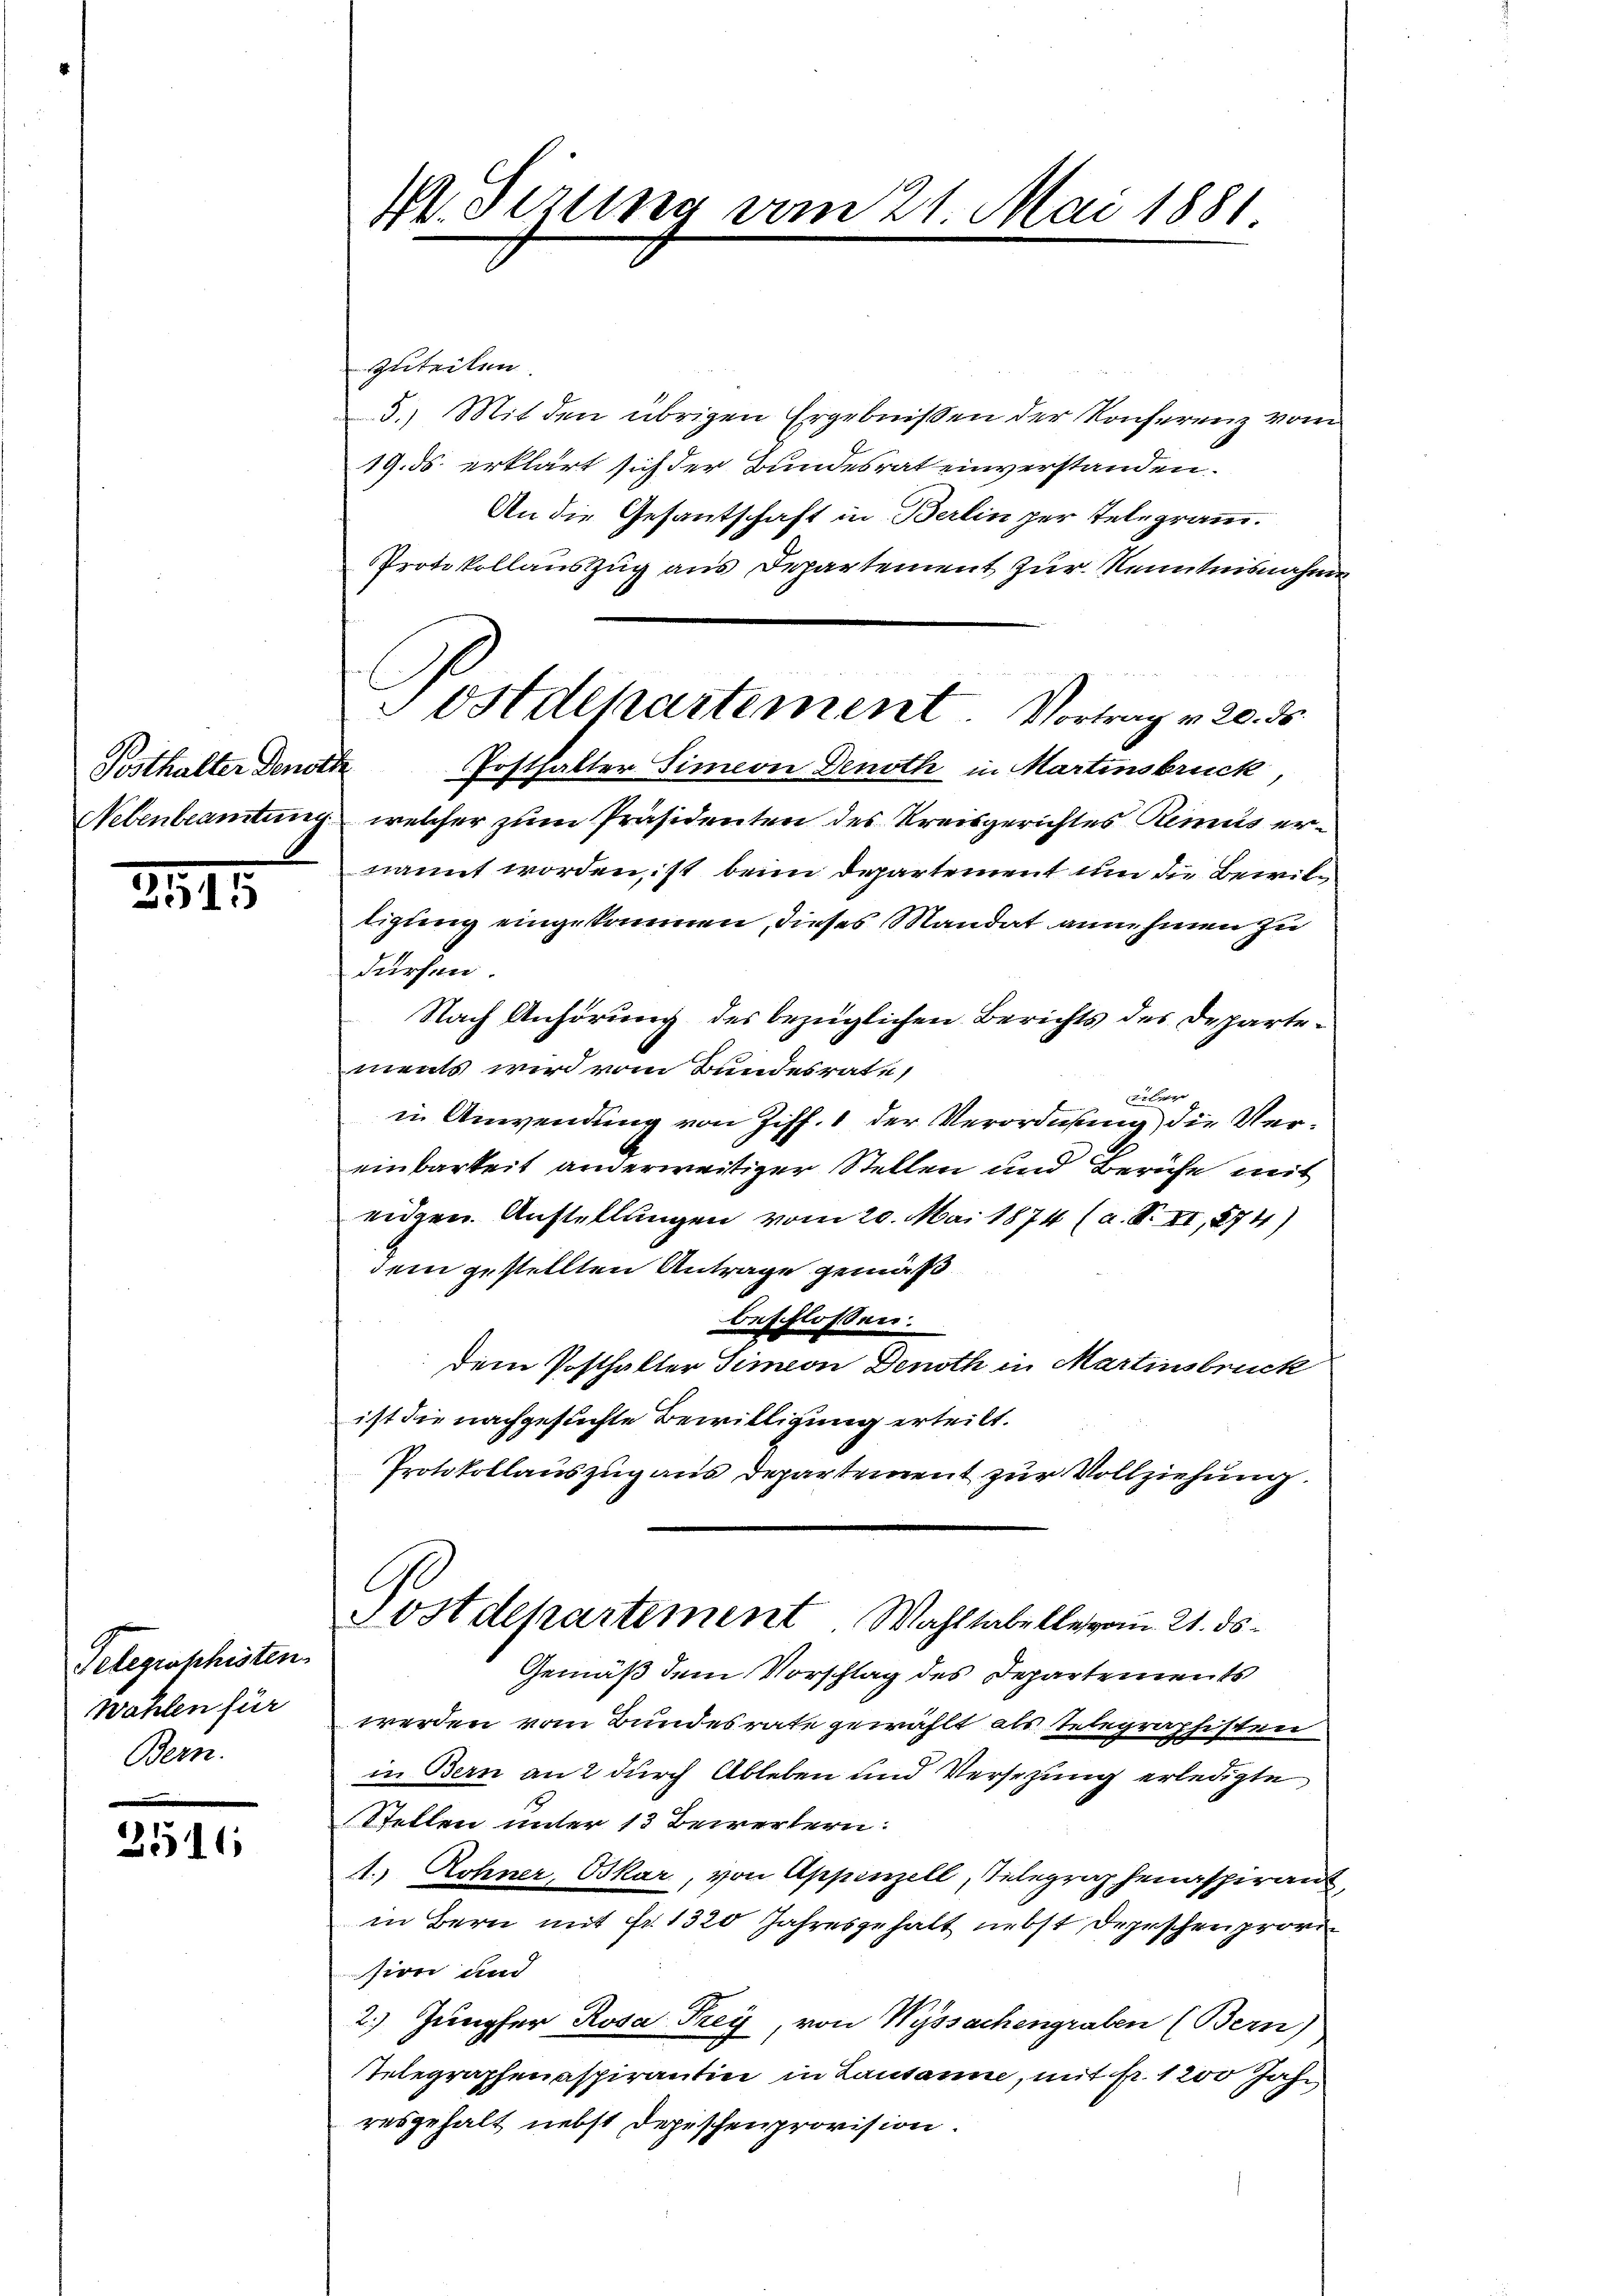
Posthalter Denord

2515

Telegraphisten.
Wählen für
Bern.

2516

V. Serung vom 21. Mai 1881

zuteilen.
5.) Mit den übrigen Ergebnissen der Konferenz vom
19. ds. erklärt sich der Bundesrat einverstanden.
An die Gesantschaft in Berlin per Telegramm.
Protokollauszug aus Departement zur Kenntnisnahme
Fosthalter Simeon Denoth in Martinsbruck,
Nebenbeamtung, welcher zum Präsidenten des Kreisgerichtes Remus ernannt worden, ist beim Departement um die Bewiltigung eingekommen, dieses Mandat anne hinen zu
dürfen.
Nach Anhörung des bezüglichen Berichts des Departements wird vom Bundesrate,
ueber
in Anwendung von Ziff. 1 der Verordnung die Vereinbarkeit anderweitiger Stellen und Beruhe mit
eiden Anstellungen vom 20. Mai 1874 (a. S. XI, 874)
dem gestellten Antrage gemäß
beschlossen:
dem Posthalter Simeon Denoth in Martinsbruck
ist die nachgesuchte Bewilligung erteilt.
Protokollauszug aus Departement zur Vollziehung.
C
ostdepartement Wahltabelle vom 21. ds.
Gemäß dem Vorschlag des Departements
werden vom Bundesrate gewählt als Telegraphisten
in Bern an 2 durch Ableben und Versezung erledigte
Stellen unter 13 Bewertern:
1.) Rohner, Oskar, von Appenzell, Telegraphenaspirant
in Bern mit Fr. 1320 Jahresgehalt nebst Depeschen provi
sion und
2.) Jungfer Rosa Frey, von Wyssachengraben (Bern)
Telegraphenaspirantin in Lausanne, mit fr. 1200 Jahr
resgehalt nebst Depeschenprovision.

Postdepartement. Vortrag v. 20. ds.